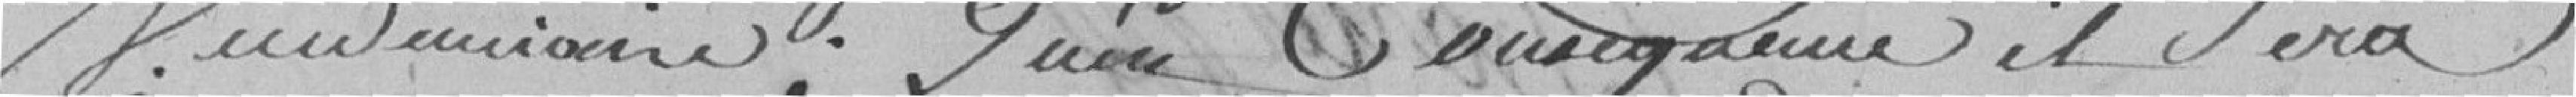
Vendémiaire. Qu'en conséquence, il sera